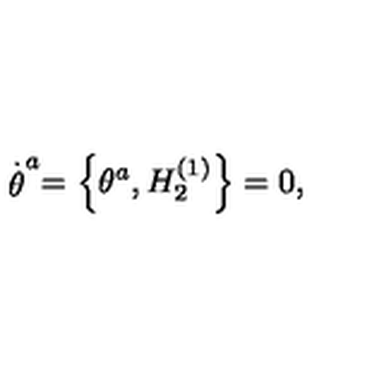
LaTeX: \stackrel { . } { \theta } ^ { a } = \left\{ \theta ^ { a } , H _ { 2 } ^ { \left( 1 \right) } \right\} = 0 ,